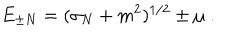
LaTeX: E _ { \pm N } = ( \sigma _ { N } + m ^ { 2 } ) ^ { 1 / 2 } \pm \mu \; .